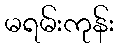
မရမ်းကုန်း